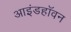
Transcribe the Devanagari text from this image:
आइंडहॉवन